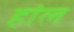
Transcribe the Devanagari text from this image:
हांल